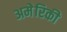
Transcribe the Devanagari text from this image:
अमेेरिकी